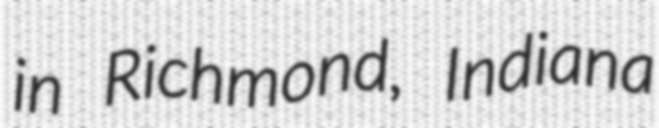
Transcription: in Richmond, Indiana